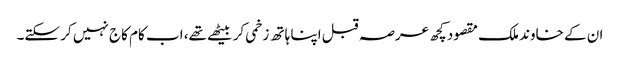
ان کے خاوند ملک مقصود کچھ عرصہ قبل اپنا ہاتھ زخمی کر بیٹھے تھے، اب کام کاج نہیں کر سکتے۔